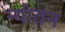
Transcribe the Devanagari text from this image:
न्योतन